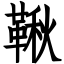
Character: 鞦